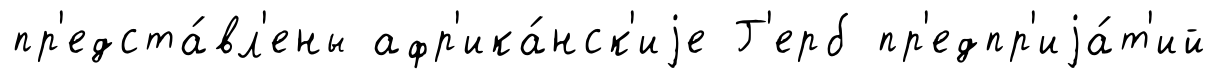
пр'едста́вл'ены афр'ика́нск'иjе Г'ерб пр'едпр'иjа́т'ий